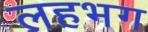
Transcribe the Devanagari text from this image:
लहभग